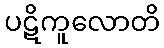
ပဋိကူလောတိ